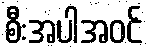
စီးအပါအဝင်